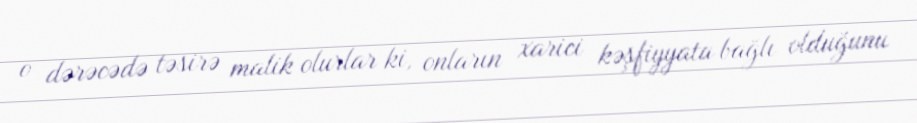
o dərəcədə təsirə malik olurlar ki, onların xarici kəşfiyyata bağlı olduğunu